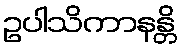
ဥပါသိကာနန္တိ